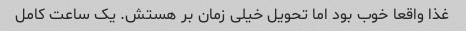
غذا واقعا خوب بود اما تحویل خیلی زمان بر هستش. یک ساعت کامل